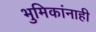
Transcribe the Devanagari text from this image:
भुमिकांनाही